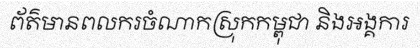
ព័ត៌មានពលករចំណាកស្រុកកម្ពុជា និងអង្គការ